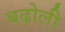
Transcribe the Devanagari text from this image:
बढ़ोली